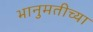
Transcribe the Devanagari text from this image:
भानुमतीच्या